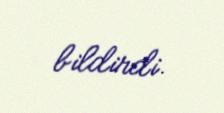
bildirdi.